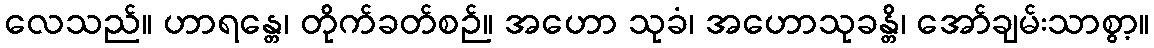
လေသည်။ ဟာရန္တေ၊ တိုက်ခတ်စဉ်။ အဟော သုခံ၊ အဟောသုခန္တိ၊ အော်ချမ်းသာစွာ့။